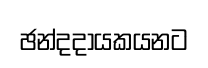
ඡන්දදායකයනට